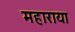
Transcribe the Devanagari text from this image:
महाराया